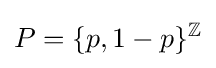
P=\{p,1-p\}^{\mathbb {Z} }